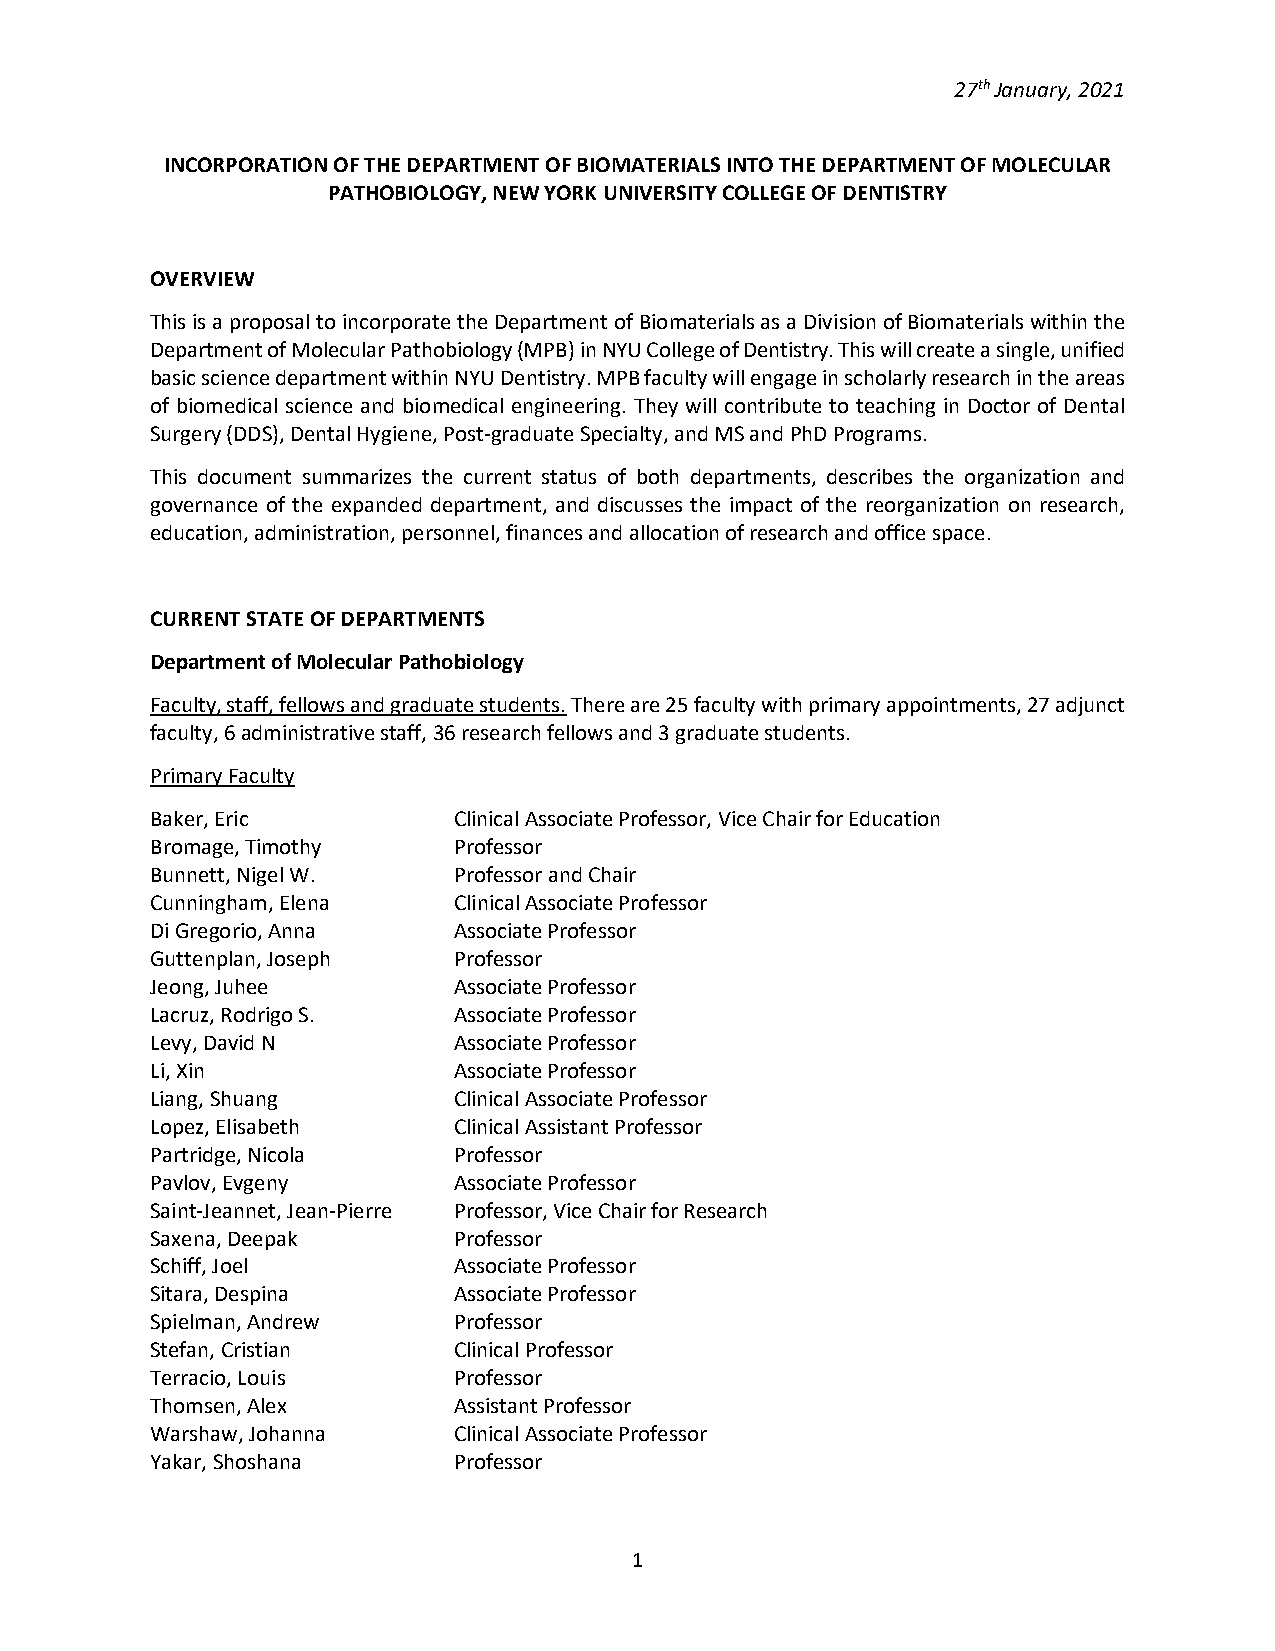
27th January, 2021
 INCORPORATION OF THE DEPARTMENT OF BIOMATERIALS INTO THE DEPARTMENT OF MOLECULAR
 PATHOBIOLOGY, NEW YORK UNIVERSITY COLLEGE OF DENTISTRY
 OVERVIEW
 This is a proposal to incorporate the Department of Biomaterials as a Division of Biomaterials within the
 Department of Molecular Pathobiology (MPB) in NYU College of Dentistry. This will create a single, unified
 basic science department within NYU Dentistry. MPB faculty will engage in scholarly research in the areas
 of biomedical science and biomedical engineering. They will contribute to teaching in Doctor of Dental
 Surgery (DDS), Dental Hygiene, Post-graduate Specialty, and MS and PhD Programs.
 This document summarizes the current status of both departments, describes the organization and
 governance of the expanded department, and discusses the impact of the reorganization on research,
 education, administration, personnel, finances and allocation of research and office space.
 CURRENT STATE OF DEPARTMENTS
 Department of Molecular Pathobiology
 Faculty, staff, fellows and graduate students. There are 25 faculty with primary appointments, 27 adjunct
 faculty, 6 administrative staff, 36 research fellows and 3 graduate students.
 Primary Faculty
 Baker, Eric         Clinical Associate Professor, Vice Chair for Education
 Bromage, Timothy    Professor
 Bunnett, Nigel W.   Professor and Chair
 Cunningham, Elena   Clinical Associate Professor
 Di Gregorio, Anna   Associate Professor
 Guttenplan, Joseph  Professor
 Jeong, Juhee        Associate Professor
 Lacruz, Rodrigo S.  Associate Professor
 Levy, David N       Associate Professor
 Li, Xin             Associate Professor
 Liang, Shuang       Clinical Associate Professor
 Lopez, Elisabeth    Clinical Assistant Professor
 Partridge, Nicola   Professor
 Pavlov, Evgeny      Associate Professor
 Saint-Jeannet, Jean-Pierre Professor, Vice Chair for Research
 Saxena, Deepak      Professor
 Schiff, Joel        Associate Professor
 Sitara, Despina     Associate Professor
 Spielman, Andrew    Professor
 Stefan, Cristian    Clinical Professor
 Terracio, Louis     Professor
 Thomsen, Alex       Assistant Professor
 Warshaw, Johanna    Clinical Associate Professor
 Yakar, Shoshana     Professor
 1